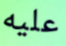
عليه